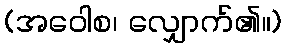
(အဝေါစ၊ လျှောက်၏။)